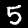
Digit: 5